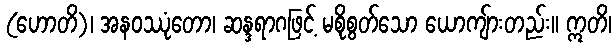
(ဟောတိ)၊ အနဝဿုံတော၊ ဆန္ဒရာဂဖြင့် မစိုစွတ်သော ယောကျ်ားတည်း။ ဣတိ၊